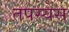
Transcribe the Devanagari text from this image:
तपस्येस